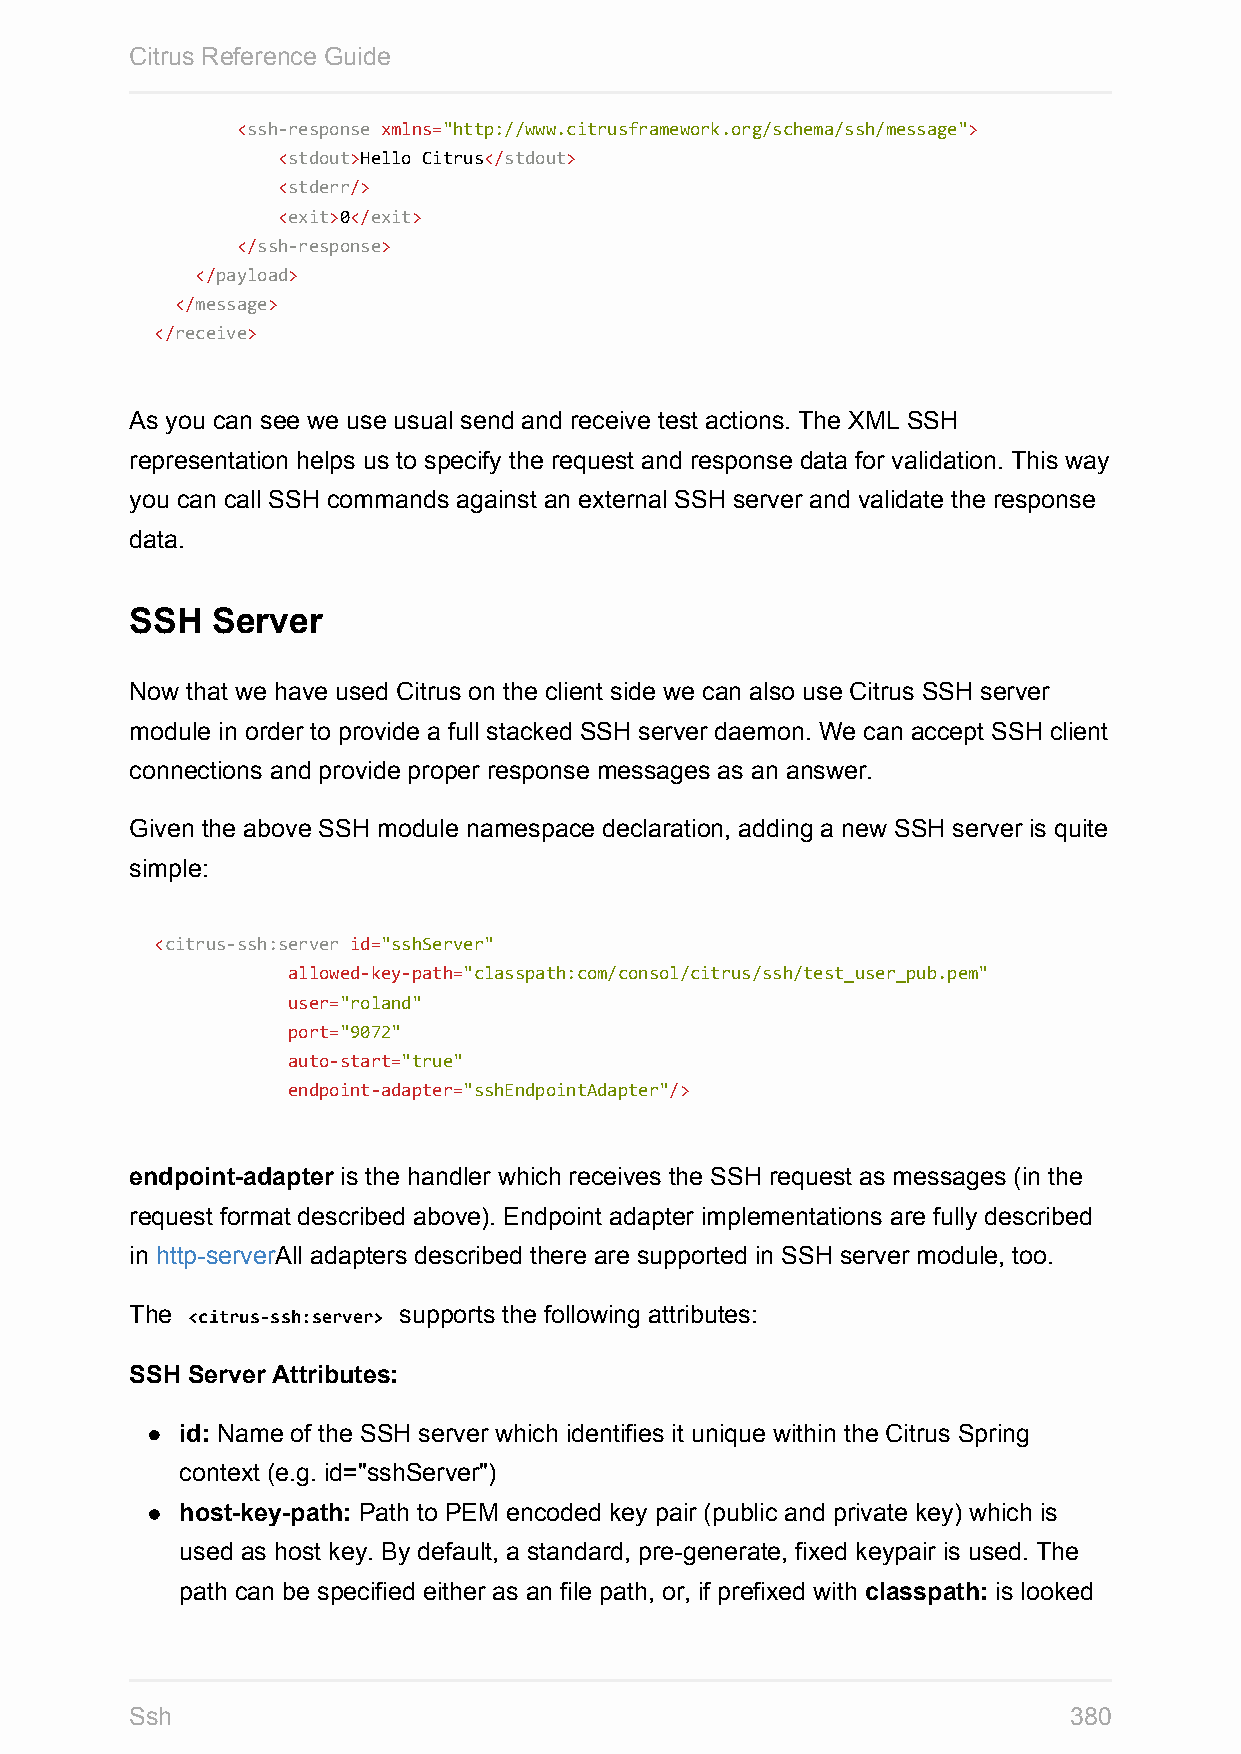
Citrus Reference Guide
 <ssh-response xmlns="http://www.citrusframework.org/schema/ssh/message">
 <stdout>Hello Citrus</stdout>
 <stderr/>
 <exit>0</exit>
 </ssh-response>
 </payload>
 </message>
 </receive>
 As you can see we use usual send and receive test actions. The XML SSH
 representation helps us to specify the request and response data for validation. This way
 you can call SSH commands against an external SSH server and validate the response
 data.
 SSH  Server
 Now that we have used Citrus on the client side we can also use Citrus SSH server
 module in order to provide a full stacked SSH server daemon. We can accept SSH client
 connections and provide proper response messages as an answer.
 Given the above SSH module namespace declaration, adding a new SSH server is quite
 simple:
 <citrus-ssh:server id="sshServer"
 allowed-key-path="classpath:com/consol/citrus/ssh/test_user_pub.pem"
 user="roland"
 port="9072"
 auto-start="true"
 endpoint-adapter="sshEndpointAdapter"/>
 endpoint-adapter is the handler which receives the SSH request as messages (in the
 request format described above). Endpoint adapter implementations are fully described
 in http-serverAll adapters described there are supported in SSH server module, too.
 The <citrus-ssh:server> supports the following attributes:
 SSH Server Attributes:
 id: Name of the SSH server which identifies it unique within the Citrus Spring
 context (e.g. id="sshServer")
 host-key-path: Path to PEM encoded key pair (public and private key) which is
 used as host key. By default, a standard, pre-generate, fixed keypair is used. The
 path can be specified either as an file path, or, if prefixed with classpath: is looked
 Ssh                                                           380